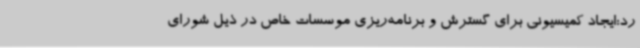
رد:ایجاد کمیسیونی برای گسترش و برنامه‌ریزی موسسات خاص در ذیل شورای